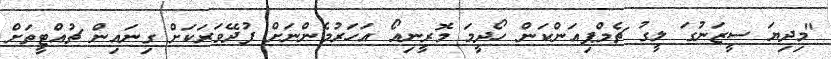
"މިދިޔަ ސީޒަނުގަ ލީގު ޗެމްޕިއަންކަން ހޯދީމަ މޮރީނިއޯ އަހަރުމެންނަށް ފުދޭވަރަކަށް ގިނައިން ޗުއްޓީތަށް